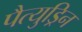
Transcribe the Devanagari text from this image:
पैत्युड्रिन